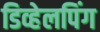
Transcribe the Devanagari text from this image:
डिव्हेलपिंग